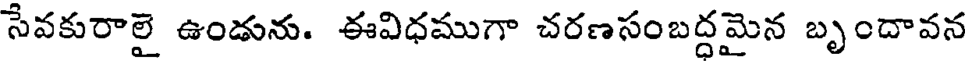
సేవకురాలై ఉండును. ఈవిధముగా చరణసంబద్ధమైన బృందావన